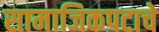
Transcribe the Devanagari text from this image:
सामाजिकपटाचे